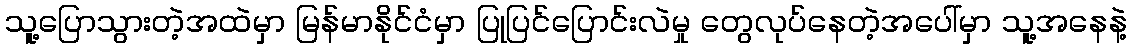
သူ့ပြောသွားတဲ့အထဲမှာ မြန်မာနိုင်ငံမှာ ပြုပြင်ပြောင်းလဲမှု တွေလုပ်နေတဲ့အပေါ်မှာ သူ့အနေနဲ့